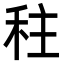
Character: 𮂿